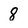
Character: 8